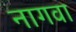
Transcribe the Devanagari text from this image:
नागवा